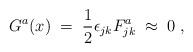
LaTeX: \begin{align*}G^a (x) \;=\; \frac{1}{2} \epsilon_{j k} F_{j k}^a \; \approx \; 0\;,\end{align*}